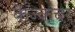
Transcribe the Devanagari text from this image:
कंज्कचर